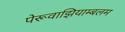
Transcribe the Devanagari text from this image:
पेरूवाझियाम्बलम